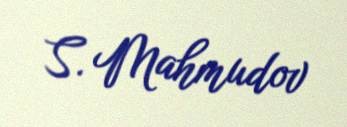
S. Mahmudov